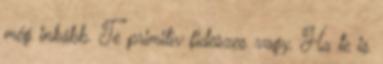
még inkább. Te primitív fideszes vagy. Ha te is